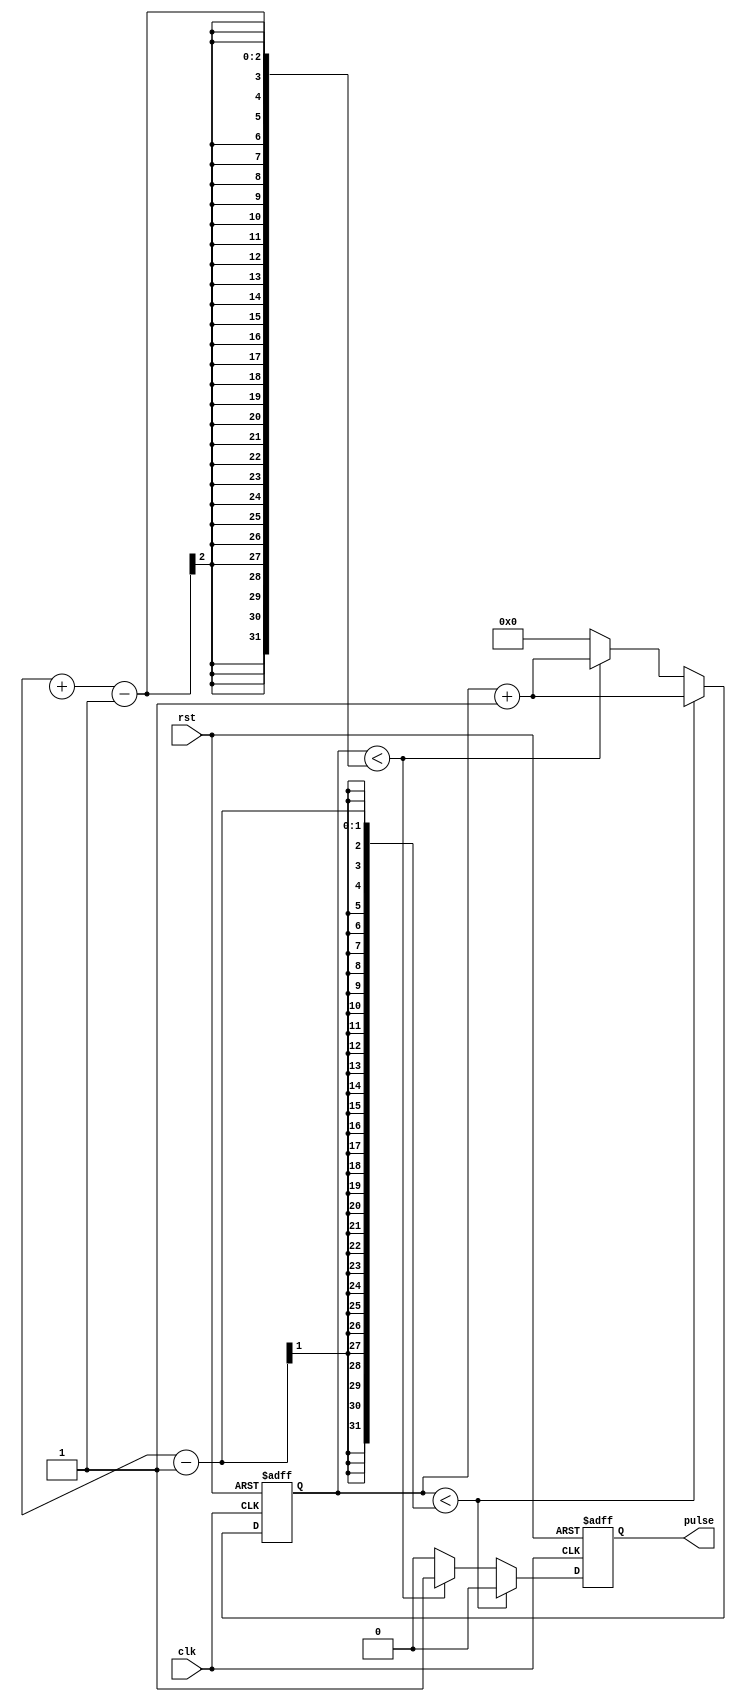
module SimplePulseGenerator (
    input wire clk,
    input wire rst,
    output reg pulse
);

reg [31:0] count;

always @(posedge clk or posedge rst) begin
    if (rst) begin
        count <= 0;
        pulse <= 0;
    end else begin
        if (count < (desired_period - 1)) begin
            count <= count + 1;
            pulse <= 0;
        end else if (count < (desired_period + desired_width - 1)) begin
            count <= count + 1;
            pulse <= 1;
        end else begin
            count <= 0;
            pulse <= 0;
        end
    end
end

endmodule